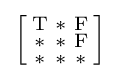
{\Bigl [}{\begin{smallmatrix}\mathrm {T} &\mathrm {*} &\mathrm {F} \\\mathrm {*} &\mathrm {*} &\mathrm {F} \\\mathrm {*} &\mathrm {*} &\mathrm {*} \end{smallmatrix}}{\Bigr ]}